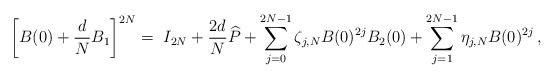
LaTeX: \begin{align*}\left[B(0)+ {\frac d N} B_1 \right]^{2N} & =~ I_{2N} + {\frac {2d}N} \widehat P + \sum_{j=0}^{2N-1} \zeta_{j,N} B(0)^{2j}B_2(0) + \sum_{j=1}^{2N-1} \eta_{j,N} B(0)^{2j}\,,\end{align*}